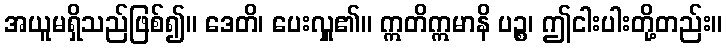
အယူမရှိသည်ဖြစ်၍။ ဒေတိ၊ ပေးလှူ၏။ ဣတိဣမာနိ ပဉ္စ၊ ဤငါးပါးတို့တည်း။